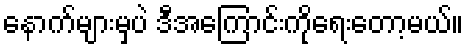
နောက်များမှပဲ ဒီအကြောင်းကိုရေးတော့မယ်။